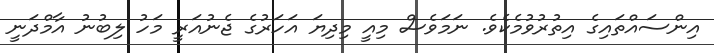
އިންސައްތައިގެ އިތުރުވުމެކެވެ. ނަމަވެސް މިއީ މިދިޔަ އަހަރުގެ ޖެނުއަރީ މަހު ލިބުނު އާމްދަނީ